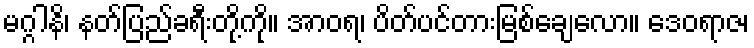
မဂ္ဂါနိ၊ နတ်ပြည်ခရီးတို့ကို။ အာဝရ၊ ပိတ်ပင်တားမြစ်ချေလော။ ဒေဝရာဇ၊